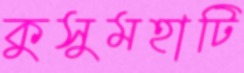
কুসুমহাটি